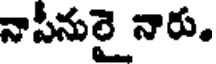
నాసీనులై నారు.